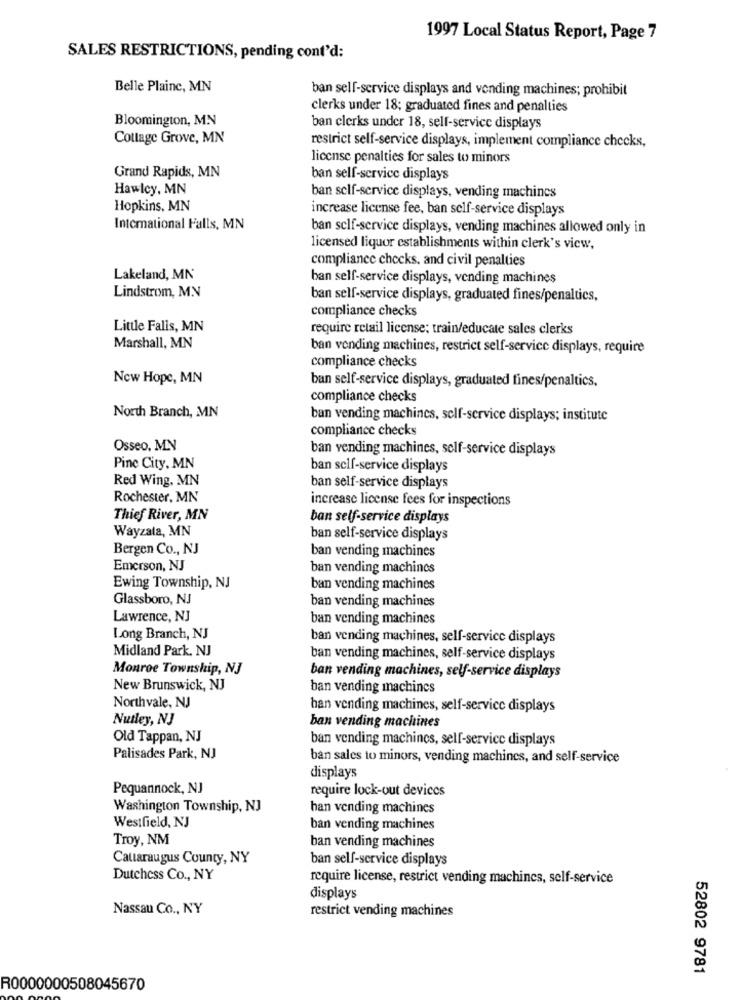
1997 Local Status Report, Page 7
SALES RESTRICTIONS, pending cont'd:
Belle Plainc, MN
ban self-service displays and vending machines; prohibit
clerks under 18; graduated fines and penalties
Bloomington, MN
ban clerks under 18, self-service displays
Cottage Grove, MN
restrict self-service displays, implement compliance checks,
license penalties for sales to minors
Grand Rapids, MN
ban self-service displays
Hawley, MN
ban self-service displays, vending machines
Hopkins, MN
increase license fee, ban self-service displays
International Falls, MN
ban self-service displays, vending machines allowed only in
licensed liquor establishments within clerk's view,
compliance checks, and civil penalties
Lakeland, MN
ban self-service displays, vending machines
Lindstrom, M.N
ban self-service displays, graduated fines/penaltics,
compliance checks
Little Falls, MN
require retail license; train/educate sales clerks
Marshall, MN
ban vending machines, restrict self-service displays, require
compliance checks
New Hope, MN
ban self-service displays, graduated fines/penaltics,
compliance checks
North Branch, MN
ban vending machines, self-service displays; institute
compliance checks
Osseo, MN
ban vending machines, self-service displays
Pine City, MN
ban self-service displays
Red Wing, MN
ban self-service displays
Rochester, MN
increase license fees for inspections
Thief River, MN
ban self-service displays
Wayzata, MN
ban self-service displays
Bergen Co ., NJ
ban vending machines
Emerson, NJ
ban vending machines
Ewing Township, NJ
ban vending machines
Glassboro, NJ
ban vending machines
Lawrence, NJ
ban vending machines
Long Branch, NJ
ban vending machines, self-service displays
Midland Park, NJ
ban vending machines, self-service displays
Monroe Township, NJ
ban vending machines, self-service displays
New Brunswick, NJ
ban vending machines
Northvale, NJ
han vending machines, self-service displays
Nutley, NJ
ban vending machines
Old Tappan, NJ
ban vending machines, self-service displays
Palisades Park, NJ
ban sales to minors, vending machines, and self-service
displays
Pequannock, NJ
require lock-out devices
Washington Township, NJ
han vending machines
Westfield, NJ
ban vending machines
Troy, NM
ban vending machines
Caltaraugus County, NY
ban self-service displays
Dutchess Co ., NY
require license, restrict vending machines, self-service
displays
Nassau Co ., N'Y
restrict vending machines
52802 9781
R0000000508045670